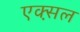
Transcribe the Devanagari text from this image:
एक्स़ल